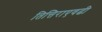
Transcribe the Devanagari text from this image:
तित्तिराएवढी